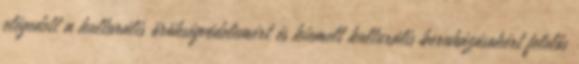
elégedett a kulturális örökségvédelemért és kiemelt kulturális beruházásokért felelős